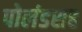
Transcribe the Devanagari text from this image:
पोलंडसह